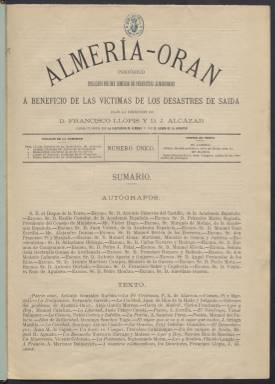
Título: Almería-Orán (Madrid)
Otros títulos: Almería Orán || Almería Orán
Colección: Periódicos || África
Ámbito geográfico: Madrid
Lugar de publicación: Madrid
Fechas: 01/01/1881-31/12/1881